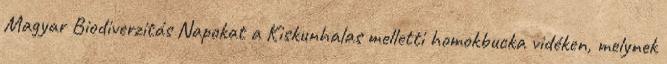
Magyar Biodiverzitás Napokat a Kiskunhalas melletti homokbucka vidéken, melynek